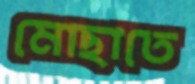
মোছাতে